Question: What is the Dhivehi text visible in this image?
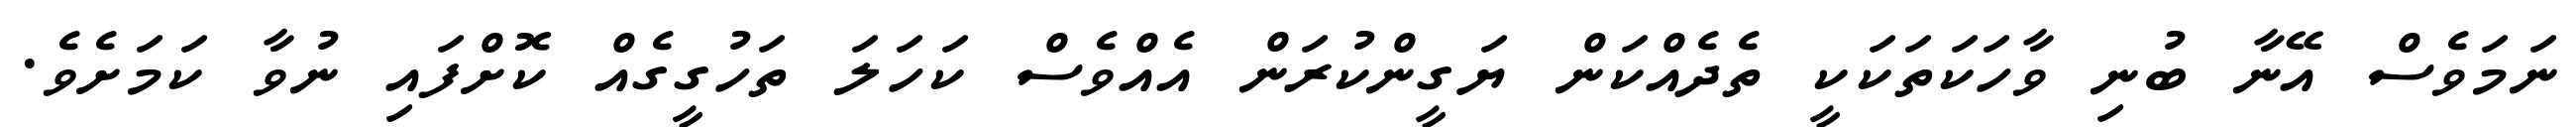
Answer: ނަމަވެސް އޭނާ ބުނި ވާހަކަތަކަކީ ތެދެއްކަން ޔަގީންކުރަން އެއްވެސް ކަހަލަ ތަހުގީގެއް ކޮށްފައި ނުވާ ކަމަށެވެ.